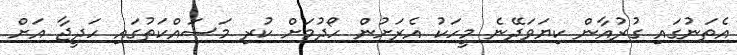
އެތަނުގައި ގުރުއާން ކިޔަވަދޭނެ މީހަކު އެރަށުން ހޯދުމަށް ކުރި މަސައްކަތުގައި ހަދީޖާ އަށް